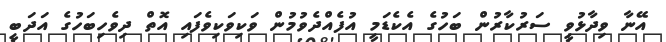
އޭނާ ވިދާޅުވީ ސަރުކާރުންް ބަހުގެ އެކެޑަމީ އުފެއްދެވުމުން ވަކިވަކިވެފައި އޮތް ދިވެހިބަހުގެ އަދަބީ